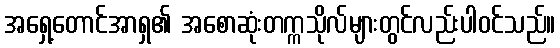
အရှေ့တောင်အာရှ၏ အစောဆုံးတက္ကသိုလ်များတွင်လည်းပါဝင်သည်။